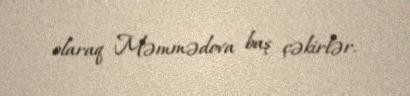
olaraq Məmmədova baş çəkirlər.